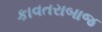
કાવતરાબાજ